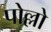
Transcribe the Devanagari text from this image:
पोल्लो